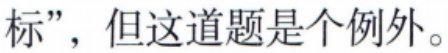
标”，但这道题是个例外。